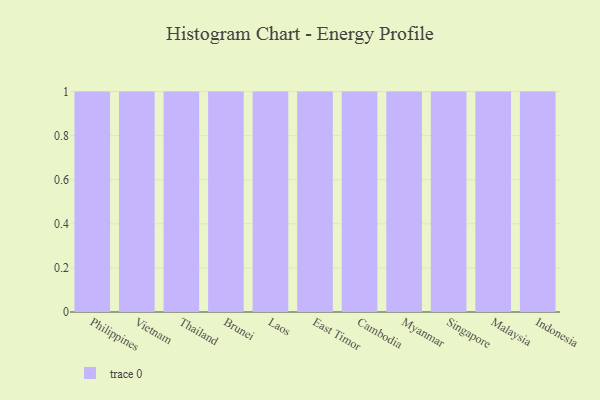
{"axis": {"x": "Country", "y": "Headcount"}, "legend": [""], "data": [{"x": "Philippines", "y": 28, "type": ""}, {"x": "Vietnam", "y": 20, "type": ""}, {"x": "Thailand", "y": 32, "type": ""}, {"x": "Brunei", "y": 3, "type": ""}, {"x": "Laos", "y": 73, "type": ""}, {"x": "East Timor", "y": 48, "type": ""}, {"x": "Cambodia", "y": 95, "type": ""}, {"x": "Myanmar", "y": 33, "type": ""}, {"x": "Singapore", "y": 46, "type": ""}, {"x": "Malaysia", "y": 36, "type": ""}, {"x": "Indonesia", "y": 12, "type": ""}]}